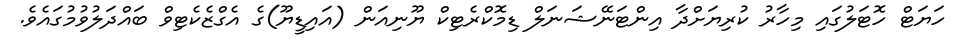
ހަޔަޓް ހޮޓަލުގައި މިހާރު ކުރިޔަށްދާ އިންޓަނޭޝަނަލް ޑިމޮކްރެޓިކް ޔޫނިއަން (އައިޑީޔޫ)ގެ އެގްޒެކެޓިވް ބައްދަލުވުމުގައެވެ.